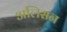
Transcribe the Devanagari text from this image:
अलिसन